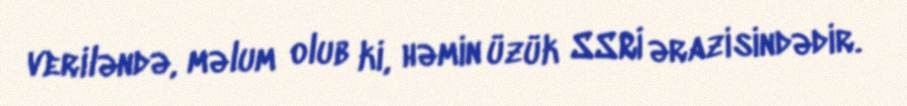
veriləndə, məlum olub ki, həmin üzük SSRİ ərazisindədir.